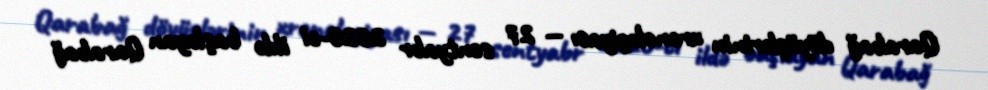
Qarabağ döyüşlərinin xronologiyası — 27 sentyabr 2020-ci ildə başlayan Qarabağ